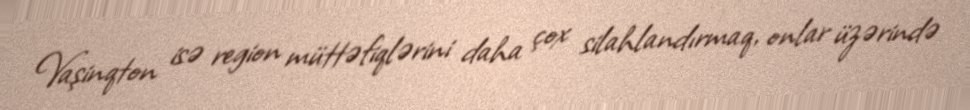
Vaşinqton isə region müttəfiqlərini daha çox silahlandırmaq, onlar üzərində